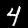
Digit: 4